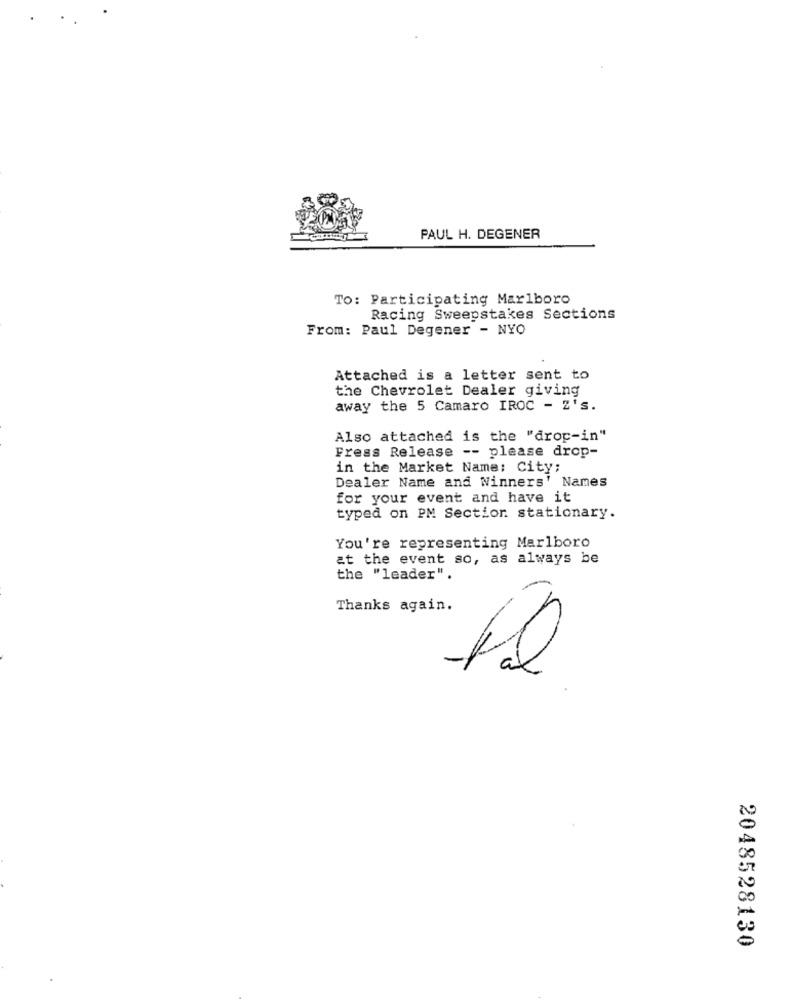
PAUL H. DEGENER
To: Participating Marlboro
Racing Sweepstakes Sections
From: Paul Degener - NYO
Attached is a letter sent to
the Chevrolet Dealer giving
away the 5 Camaro IROC - Z's.
Also attached is the "drop-in"
Fress Release -- please drop-
in the Market Name: City;
Dealer Name and Winners' Names
for your event and have it
typed on PM Section stationary.
You're representing Marlboro
at the event so, as always be
the "leader".
Thanks again.
2048528130